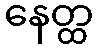
နေတ္ထ